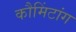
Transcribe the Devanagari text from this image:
कौमिंटांग